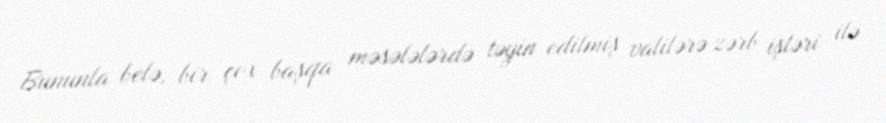
Bununla belə, bir çox başqa məsələlərdə təyin edilmiş valilərə zərb işləri ilə